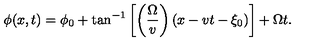
\phi ( x , t ) = \phi _ { 0 } + \tan ^ { - 1 } \left[ \left( \frac { \Omega } { v } \right) ( x - v t - \xi _ { 0 } ) \right] + \Omega t .